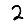
Digit: 2